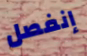
إنفصل